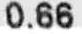
0.66